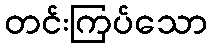
တင်းကြပ်သော